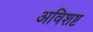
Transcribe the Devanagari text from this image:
अविशष्ट